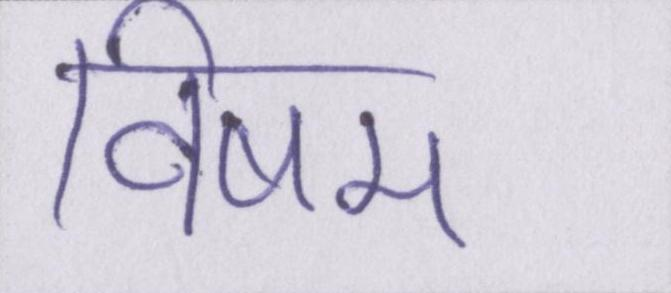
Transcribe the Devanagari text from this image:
विषम